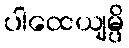
ပါထေယျမ္ပိ